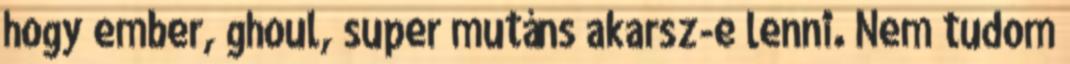
hogy ember, ghoul, super mutáns akarsz-e lenni. Nem tudom